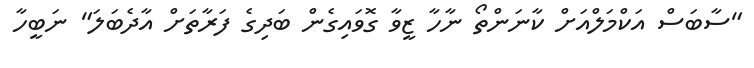
"ސާބަސް އަކްމަލްއަށް ކާނަންތޯ ނާހާ ޒީވާ ގޮވައިގެން ބަދިގެ ފަރާތަށް އާދެބަލަ" ނަބީހާ